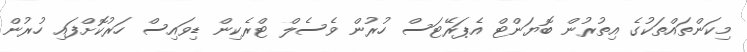
މިކަންތައްތަކުގެ އިތުރުން ބޮޔަންޓް އެޕަރޭޓަސް ހުރުން ވެސެލް ޓްރެކިން ޑިވައިސް ހަރުކޮށްފައި ހުރުން